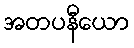
အတပနီယော